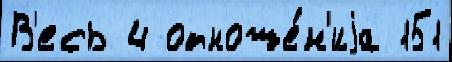
В'есь 4 отноше́н'иjа 151